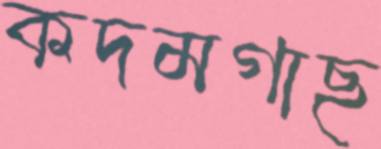
কদমগাছ